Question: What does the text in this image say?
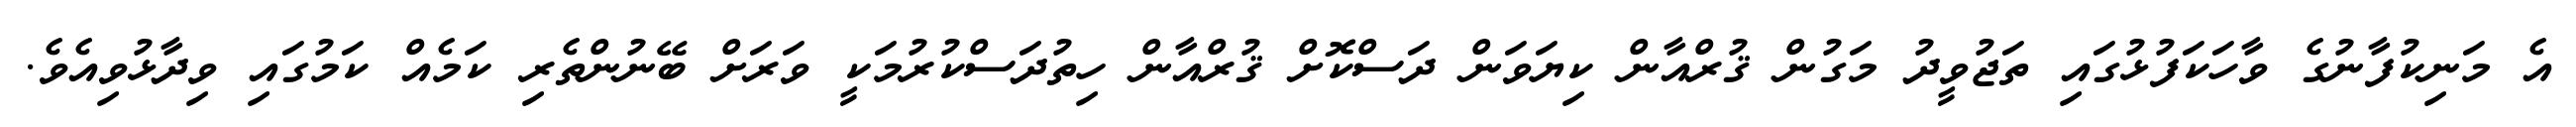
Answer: އެ މަނިކުފާނުގެ ވާހަކަފުޅުގައި ތަޖުވީދު މަގުން ޤުރްއާން ކިޔަވަން ދަސްކޮށް ޤުރްއާން ހިތުދަސްކުރުމަކީ ވަރަށް ބޭނުންތެރި ކަމެއް ކަމުގައި ވިދާޅުވިއެވެ.